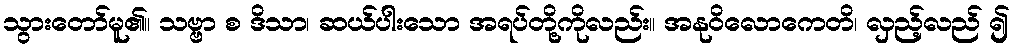
သွားတော်မူ၏။ သဗ္ဗာ စ ဒိသာ၊ ဆယ်ပါးသော အရပ်တို့ကိုလည်း။ အနုဝိလောကေတိ၊ လှည့်လည် ၍